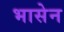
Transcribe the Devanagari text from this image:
भासेन